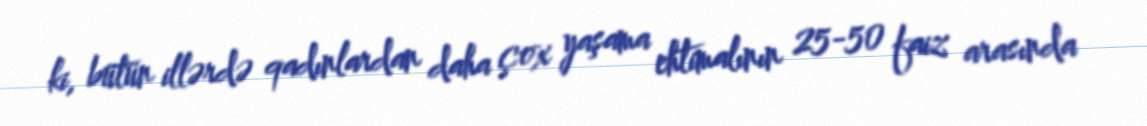
ki, bütün illərdə qadınlardan daha çox yaşama ehtimalının 25-50 faiz arasında